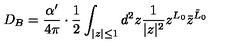
D _ { B } = { \frac { \alpha ^ { \prime } } { 4 \pi } } \cdot { \frac { 1 } { 2 } } \int _ { | z | \le 1 } d ^ { 2 } z { \frac { 1 } { | z | ^ { 2 } } } z ^ { L _ { 0 } } { \bar { z } } ^ { { \tilde { L } } _ { 0 } }